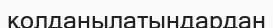
қолданылатындардан